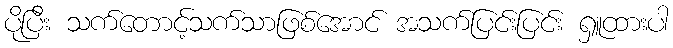
ပိုပြီး သက်တောင့်သက်သာဖြစ်အောင် အသက်ပြင်းပြင်း ရှူထားပါ